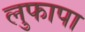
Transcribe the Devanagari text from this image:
लुफापा